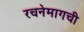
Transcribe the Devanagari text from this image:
रचनेमागची